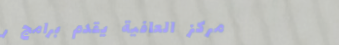
مركز العافية يقدم برامج ر